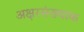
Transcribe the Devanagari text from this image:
अक्षरसंख्याक